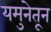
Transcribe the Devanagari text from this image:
यमुनेतून